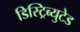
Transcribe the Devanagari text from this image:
डिस्ट्रिब्युटेड